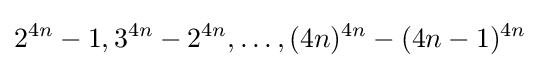
2^{4n}-1,3^{4n}-2^{4n},\dots ,(4n)^{4n}-(4n-1)^{4n}